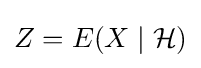
Z=E(X\mid {\mathcal {H}})